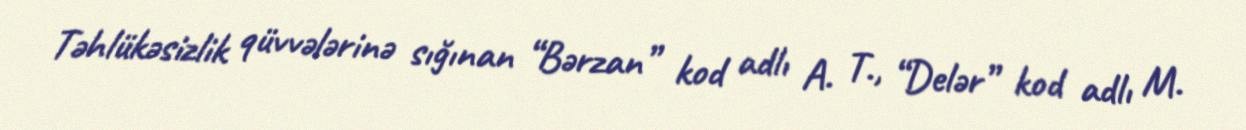
Təhlükəsizlik qüvvələrinə sığınan “Bərzan” kod adlı A. T., “Delər” kod adlı M.